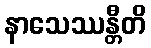
နာသေဿန္တီတိ